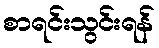
စာရင်းသွင်းရန်